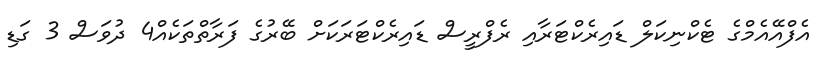
އެފްއޭއެމްގެ ޓެކްނިކަލް ޑައިރެކްޓަރާއި ރެފްރީސް ޑައިރެކްޓަރަކަށް ބޭރުގެ ފަރާތްތަކެއް4 ދުވަސް 3 ގަޑި